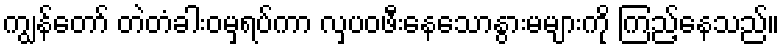
ကျွန်တော် တဲတံခါးဝမှရပ်ကာ လှပဝဖီးနေသောနွားမများကို ကြည့်နေသည်။